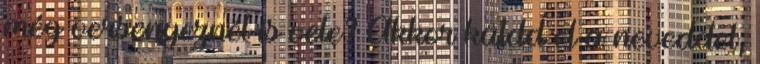
még versenyeznél is vele? Akkor küldd el a neveddel,